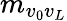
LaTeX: m_{v_{0}v_{L}}